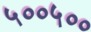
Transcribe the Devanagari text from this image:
५००५००